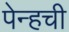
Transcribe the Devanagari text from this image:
पेन्हची